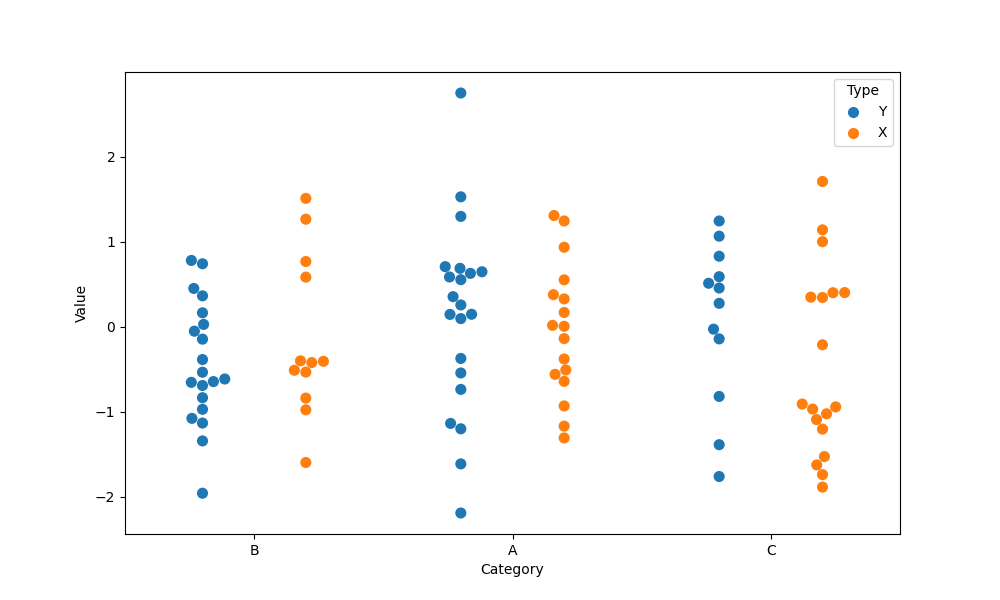
python, seaborn, swarmplot, dodge=True, alpha=1.0, size=8